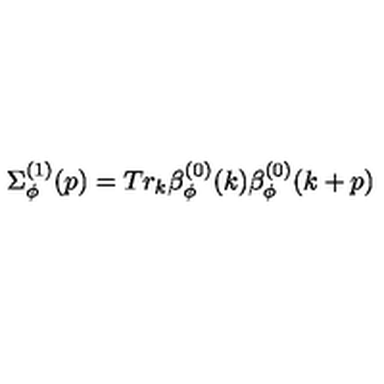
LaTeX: \Sigma _ { \phi } ^ { ( 1 ) } ( p ) = T r _ { k } \beta _ { \phi } ^ { ( 0 ) } ( k ) \beta _ { \phi } ^ { ( 0 ) } ( k + p )